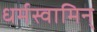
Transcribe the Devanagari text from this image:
धर्मस्वामिन्